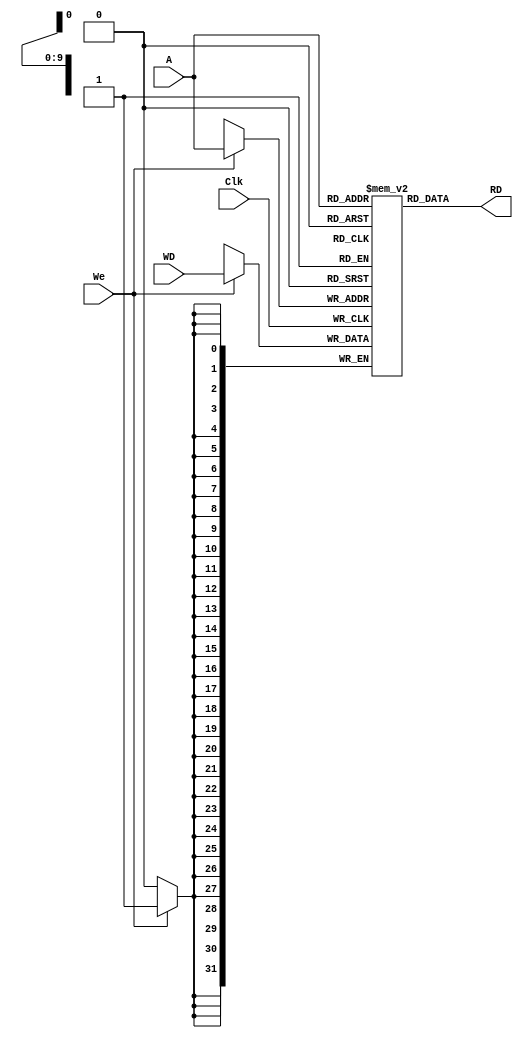
`timescale 1ns / 1ps
//////////////////////////////////////////////////////////////////////////////////
// Company: 
// Engineer: 
// 
// Design Name: 
// Module Name:    DM 
// Project Name: 
// Target Devices: 
// Tool versions: 
// Description: 
//
// Dependencies: 
//
// Revision: 
// Revision 0.01 - File Created
// Additional Comments: 
//
//////////////////////////////////////////////////////////////////////////////////
module DM(Clk,A,WD,We,RD
    );
	input Clk;
	input [11:2] A;
	input [31:0] WD;
	input We;
	output [31:0] RD;
	reg [31:0] DM [0:1023];
	assign RD=DM[A];
	always@(posedge Clk)
	begin
		if(We)
			DM[A]<=WD;
	end

endmodule